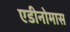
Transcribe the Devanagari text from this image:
एडीनोमास